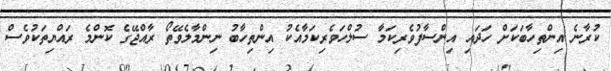
ކުރާނެ އިންތިހާބަކަށް ހަދައި އިންސާފުވެރިކަމާ ސުލްހަވެރިކަމާއެކު އިންތިހާބު ނިންމާލެވޭތޯ ރާއްޖޭގެ ކޮންމެ ރައްޔިތަކުވެސް